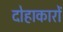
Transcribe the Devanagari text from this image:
दोहाकारों